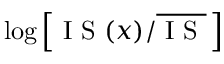
\log \left[ \mathrm { ~ I ~ S ~ } ( x ) / \overline { { \mathrm { ~ I ~ S ~ } } } \, \right]